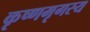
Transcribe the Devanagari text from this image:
कृष्णमृगस्य